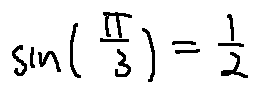
\sin ( \frac { \pi } { 3 } ) = \frac { 1 } { 2 }